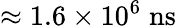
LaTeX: \approx 1.6\times 10^{6}\; \mathrm{ns}